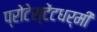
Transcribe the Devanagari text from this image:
प्रोटेस्टेंटधर्मी